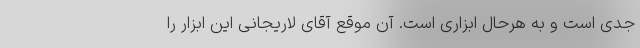
جدی است و به هرحال ابزاری است. آن موقع آقای لاریجانی این ابزار را